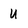
Character: U